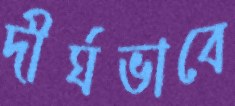
দীর্ঘভাবে